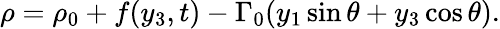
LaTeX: \begin{array}{r}{\rho=\rho_{0}+f(y_{3},t)-\Gamma_{0}(y_{1}\sin\theta+y_{3}\cos\theta).}\end{array}